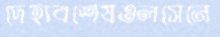
দেহাবশেষওলসেনে